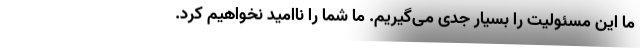
ما این مسئولیت را بسیار جدی می‌گیریم. ما شما را ناامید نخواهیم کرد.